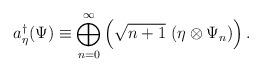
LaTeX: \begin{align*}a^\dag_\eta(\Psi)\equiv\bigoplus^\infty_{n=0}\left(\sqrt{n+1}\ (\eta\otimes\Psi_n)\right).\end{align*}